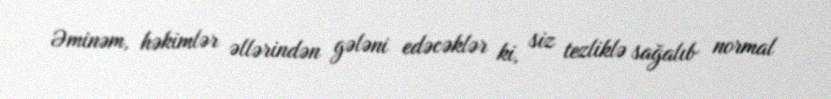
Əminəm, həkimlər əllərindən gələni edəcəklər ki, siz tezliklə sağalıb normal